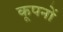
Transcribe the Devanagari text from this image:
कूपनों